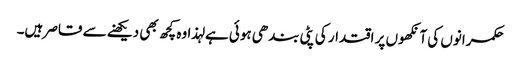
حکمرانوں کی آنکھوں پر اقتدار کی پٹی بندھی ہوئی ہے لہذا وہ کچھ بھی دیکھنے سے قاصر ہیں۔